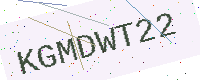
Text: KGMDWT22